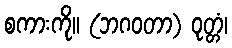
စကားကို။ (ဘဂဝတာ) ဝုတ္တံ၊